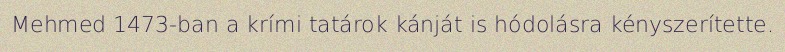
Mehmed 1473-ban a krími tatárok kánját is hódolásra kényszerítette.